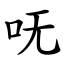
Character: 呒